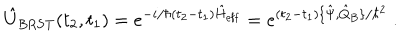
\hat { U } _ { \mathrm { B R S T } } ( t _ { 2 } , t _ { 1 } ) = e ^ { - i / \hbar ( t _ { 2 } - t _ { 1 } ) \hat { H } _ { \mathrm { e f f } } } = e ^ { ( t _ { 2 } - t _ { 1 } ) \{ \hat { \Psi } , \hat { Q } _ { B } \} / \hbar ^ { 2 } } \ .